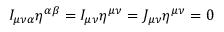
I _ { \mu \nu \alpha } \eta ^ { \alpha \beta } = I _ { \mu \nu } \eta ^ { \mu \nu } = J _ { \mu \nu } \eta ^ { \mu \nu } = 0